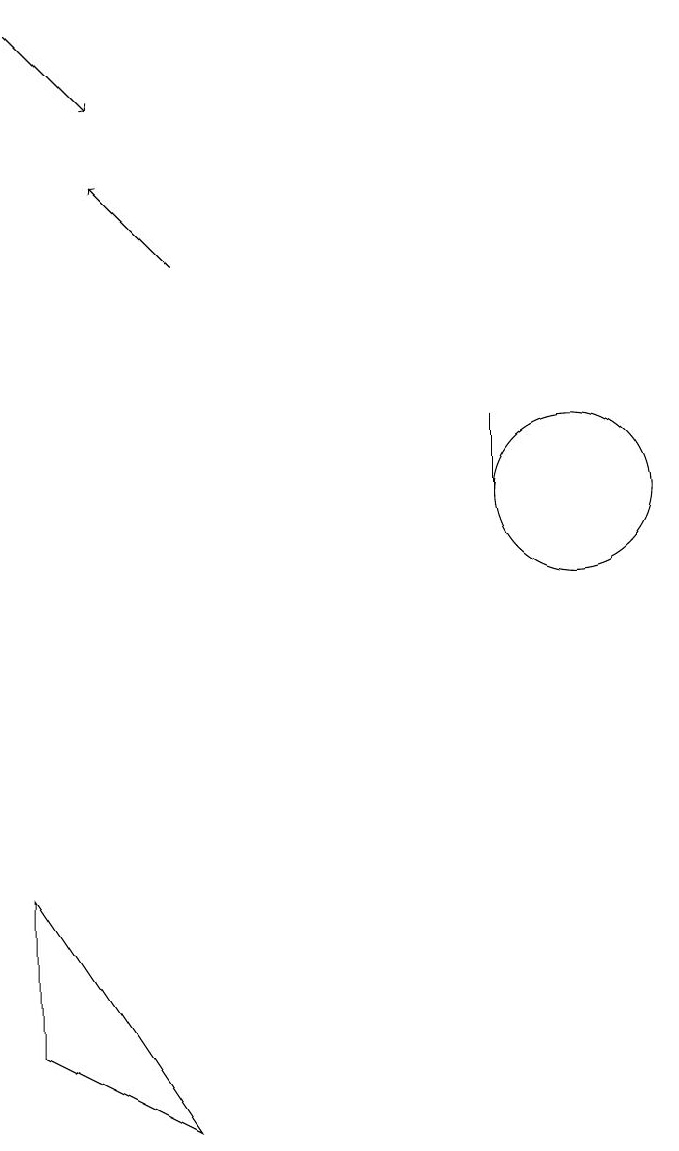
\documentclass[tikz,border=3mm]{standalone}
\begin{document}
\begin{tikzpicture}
\draw (9,12) rectangle (9,13);
\draw[->] (3,18) -- (4,17);
\draw[->] (5,15) -- (4,16);
\draw (10,12) circle (1);
\draw (3,5) -- (5,4) -- (3,7) -- cycle;
\draw (11,11) circle (0);
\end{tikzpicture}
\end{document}